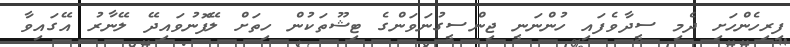
ފިރިހެންހަށި ދެމި ސީދާވެފައި ހުންނަނީ ޖިންސީގުނަވަންގެ ޓިޝޫތަކުން ހިތަށް ލޭފޮނުވައިދޭ ލޭނާރު އޭގައިވާ